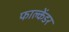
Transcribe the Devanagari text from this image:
फाल्केंडर